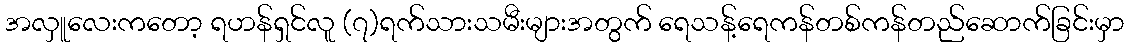
အလှူလေးကတော့ ရဟန်ရှင်လူ (၇)ရက်သားသမီးများအတွက် ရေသန့်ရေကန်တစ်ကန်တည်ဆောက်ခြင်းမှာ